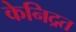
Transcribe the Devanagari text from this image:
केनिद्रत